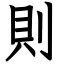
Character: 則